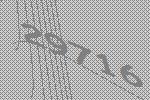
29716